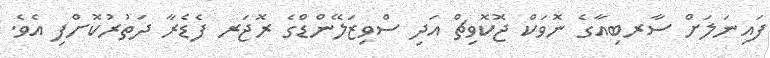
ފައިނަލަށް ސާރބިއާގެ ނޮވަކް ޖޮކޮވިޗް އަދި ސްވިޒަލޭންޑްގެ ރޮޖަރ ފެޑެރާ ދަތުރުކޮށްފި އެވެ.